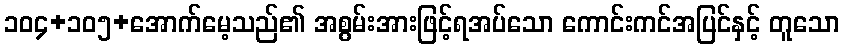
၁၀၄+၁၀၅+အောက်မေ့သည်၏ အစွမ်းအားဖြင့်ရအပ်သော ကောင်းကင်အပြင်နှင့် တူသော